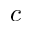
c